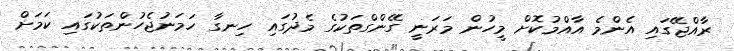
ރާއްޖޭގައި އެންމެ އާއްމުކޮށް މީހުން މަރަނީ ގޭންގްތަކުގެ މެދުގައި ހިނގާ ހަމަނުޖެހުންތަކުގައި ކަމަށް